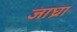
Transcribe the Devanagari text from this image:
जाघ्रा